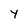
Character: y